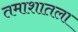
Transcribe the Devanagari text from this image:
तमाशातला